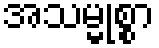
အသမ္မုစ္စာ